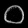
Digit: ၀